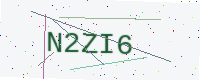
Text: N2ZI6